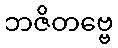
ဘဇိတဗ္ဗေ